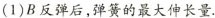
(1)B反弹后，弹簧的最大伸长量.